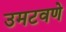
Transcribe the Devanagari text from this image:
उमटवणे